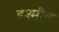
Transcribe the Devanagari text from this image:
इश्मीत